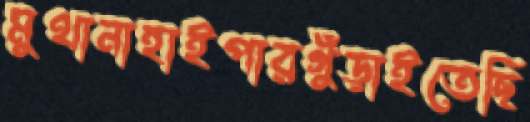
মুথানাহাইপারগুঁড়াইতেছি